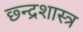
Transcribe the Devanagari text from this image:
छ्न्द्रशास्त्र